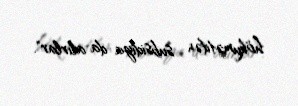
hökumətdən subsidiya da alırlar".